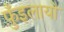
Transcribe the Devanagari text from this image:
फ़ुँइलायो